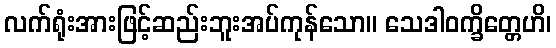
လက်ရုံးအားဖြင့်ဆည်းဘူးအပ်ကုန်သော။ သေဒါဝက္ခိတ္တေဟိ၊